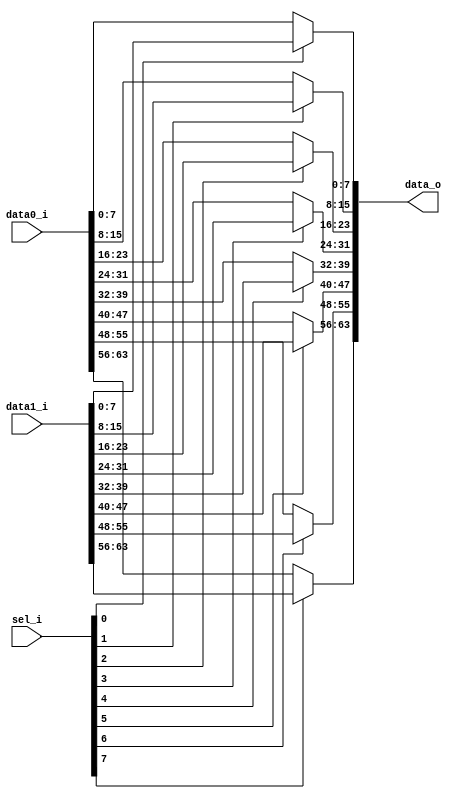
module bsg_mux_segmented_segments_p8_segment_width_p8
(
  data0_i,
  data1_i,
  sel_i,
  data_o
);

  input [63:0] data0_i;
  input [63:0] data1_i;
  input [7:0] sel_i;
  output [63:0] data_o;
  wire [63:0] data_o;
  wire N0,N1,N2,N3,N4,N5,N6,N7,N8,N9,N10,N11,N12,N13,N14,N15;
  assign data_o[7:0] = (N0)? data1_i[7:0] : 
                       (N8)? data0_i[7:0] : 1'b0;
  assign N0 = sel_i[0];
  assign data_o[15:8] = (N1)? data1_i[15:8] : 
                        (N9)? data0_i[15:8] : 1'b0;
  assign N1 = sel_i[1];
  assign data_o[23:16] = (N2)? data1_i[23:16] : 
                         (N10)? data0_i[23:16] : 1'b0;
  assign N2 = sel_i[2];
  assign data_o[31:24] = (N3)? data1_i[31:24] : 
                         (N11)? data0_i[31:24] : 1'b0;
  assign N3 = sel_i[3];
  assign data_o[39:32] = (N4)? data1_i[39:32] : 
                         (N12)? data0_i[39:32] : 1'b0;
  assign N4 = sel_i[4];
  assign data_o[47:40] = (N5)? data1_i[47:40] : 
                         (N13)? data0_i[47:40] : 1'b0;
  assign N5 = sel_i[5];
  assign data_o[55:48] = (N6)? data1_i[55:48] : 
                         (N14)? data0_i[55:48] : 1'b0;
  assign N6 = sel_i[6];
  assign data_o[63:56] = (N7)? data1_i[63:56] : 
                         (N15)? data0_i[63:56] : 1'b0;
  assign N7 = sel_i[7];
  assign N8 = ~sel_i[0];
  assign N9 = ~sel_i[1];
  assign N10 = ~sel_i[2];
  assign N11 = ~sel_i[3];
  assign N12 = ~sel_i[4];
  assign N13 = ~sel_i[5];
  assign N14 = ~sel_i[6];
  assign N15 = ~sel_i[7];

endmodule